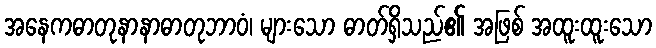
အနေကဓာတုနာနာဓာတုဘာဝံ၊ များသော ဓာတ်ရှိသည်၏ အဖြစ် အထူးထူးသော